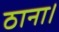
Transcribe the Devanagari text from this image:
ठाना।